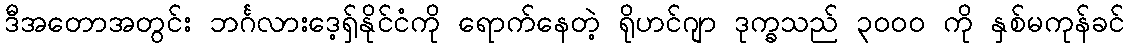
ဒီအတောအတွင်း ဘင်္ဂလားဒေ့ရှ်နိုင်ငံကို ရောက်နေတဲ့ ရိုဟင်ဂျာ ဒုက္ခသည် ၃၀၀၀ ကို နှစ်မကုန်ခင်